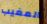
المغيب